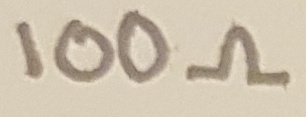
Text: 100Ω